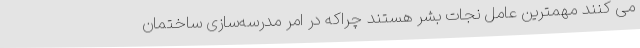
می کنند مهمترین عامل نجات بشر هستند چراکه در امر مدرسه‌سازی ساختمان